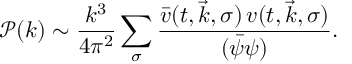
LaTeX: \mathcal { P } ( k ) \sim \frac { k ^ { 3 } } { 4 \pi ^ { 2 } } \sum _ { \sigma } \frac { \bar { v } ( t , \vec { k } , \sigma ) \, v ( t , \vec { k } , \sigma ) } { ( \bar { \psi } \psi ) } .